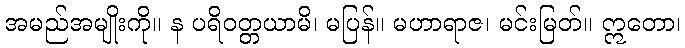
အမည်အမျိုးကို။ န ပရိဝတ္တယာမိ၊ မပြန်။ မဟာရာဇ၊ မင်းမြတ်။ ဣတော၊